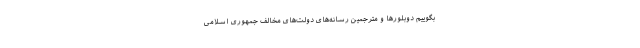
بگوییم دوبلورها و مترجمین رسانه‌های دولت‌های مخالف جمهوری اسلامی